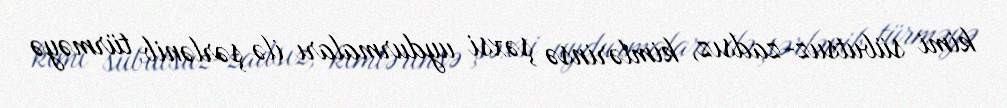
kimi sübutsuz-zadsız, kimlərinsə şəxsi uydurmaları ilə şərlənib türməyə